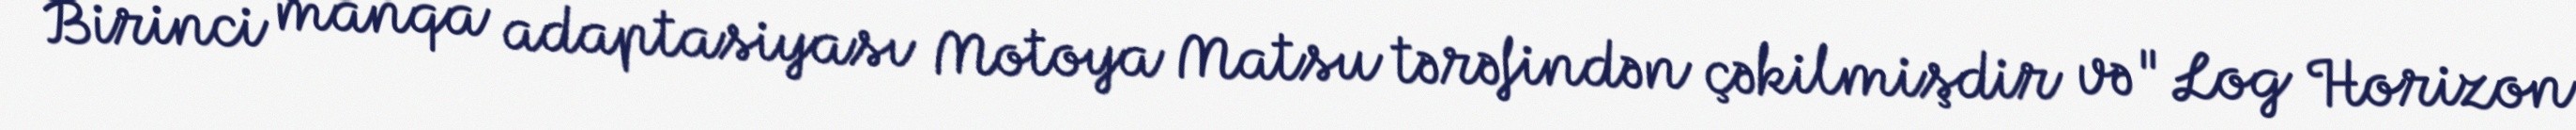
Birinci manqa adaptasiyası Motoya Matsu tərəfindən çəkilmişdir və "Log Horizon